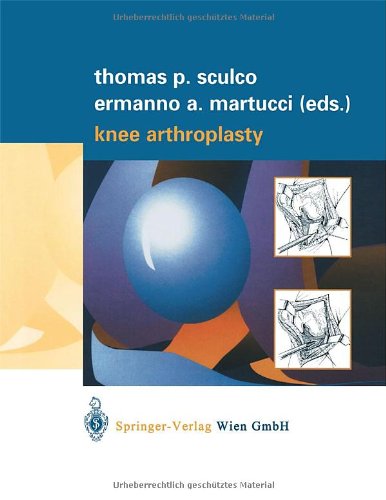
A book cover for Knee Arthroplasty; Medical Books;